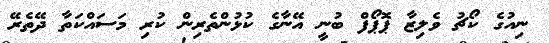
ނިއުގެ ކޯޗު ވެލިޒާ ޕޮޕޯފް ބުނީ އޭނާގެ ކުޅުންތެރިން ކުރި މަސައްކަތާ ދޭތެރޭ